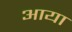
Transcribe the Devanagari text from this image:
अाया